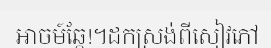
អាចម៍ឆ្កែ!។ដកស្រង់ពីសៀវភៅ